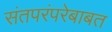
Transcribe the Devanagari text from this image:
संतपरंपरेबाबत